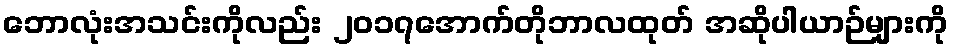
ဘောလုံးအသင်းကိုလည်း ၂၀၁၇အောက်တိုဘာလထုတ် အဆိုပါယာဉ်များကို